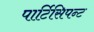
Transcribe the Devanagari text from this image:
पार्टिसिपन्ट